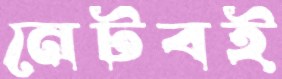
নেটবই